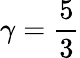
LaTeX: \gamma=\frac{5}{3}